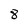
Character: 8